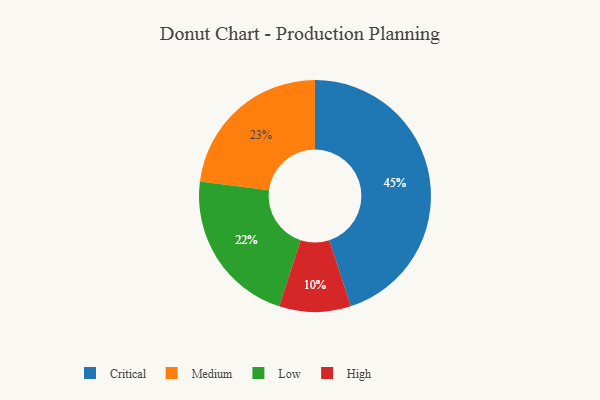
{"axis": {"x": "Category", "y": "Percentage"}, "legend": ["Critical", "High", "Low", "Medium"], "data": [{"x": "High", "y": 10, "type": "High"}, {"x": "Critical", "y": 45, "type": "Critical"}, {"x": "Medium", "y": 23, "type": "Medium"}, {"x": "Low", "y": 22, "type": "Low"}]}